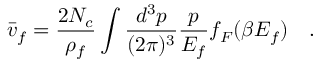
\bar { v } _ { f } = \frac { 2 N _ { c } } { \rho _ { f } } \int \frac { d ^ { 3 } p } { ( 2 \pi ) ^ { 3 } } \frac { p } { E _ { f } } f _ { F } ( \beta E _ { f } ) \quad .